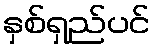
နှစ်ရှည်ပင်